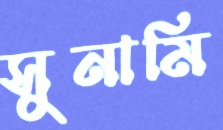
সুনামি